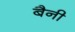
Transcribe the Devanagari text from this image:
बैनी